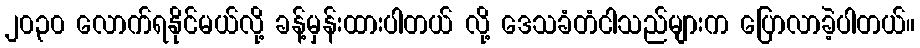
၂၀၃၀ လောက်ရနိုင်မယ်လို့ ခန့်မှန်းထားပါတယ် လို့ ဒေသခံတံငါသည်များက ပြောလာခဲ့ပါတယ်။